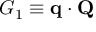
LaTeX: G _ { 1 } \equiv \mathbf { q } \cdot \mathbf { Q }